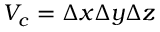
V _ { c } = \Delta x \Delta y \Delta z